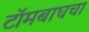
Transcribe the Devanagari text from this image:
टॉमबाघचा